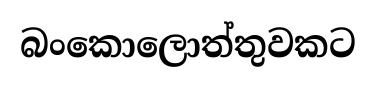
බංකොලොත්තුවකට